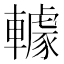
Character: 𨎶